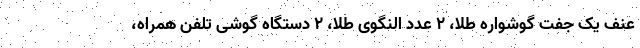
عنف یک جفت گوشواره طلا، ۲ عدد النگوی طلا، ۲ دستگاه گوشی تلفن همراه،